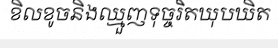
ខិលខូចនិងឈ្មួញទុច្ចរិតឃុបឃិត